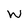
Character: W